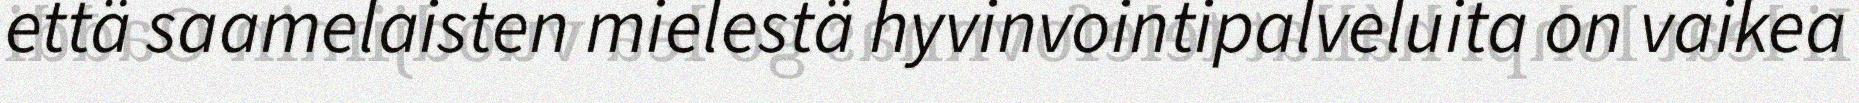
että saamelaisten mielestä hyvinvointipalveluita on vaikea